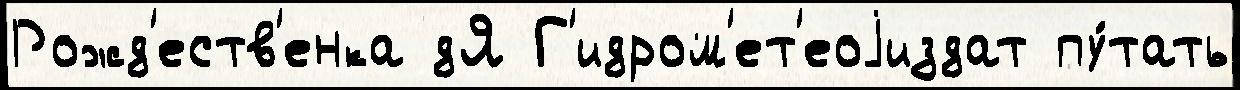
Рожд'еств'енка дЯ Г'идром'ет'еоjиздат пу́тать